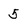
Character: 5